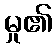
မှု၏